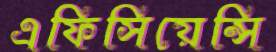
এফিসিয়েন্সি